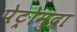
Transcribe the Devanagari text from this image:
पेट्रोमुद्रा